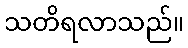
သတိရလာသည်။